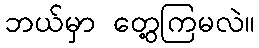
ဘယ်မှာ တွေ့ကြမလဲ။